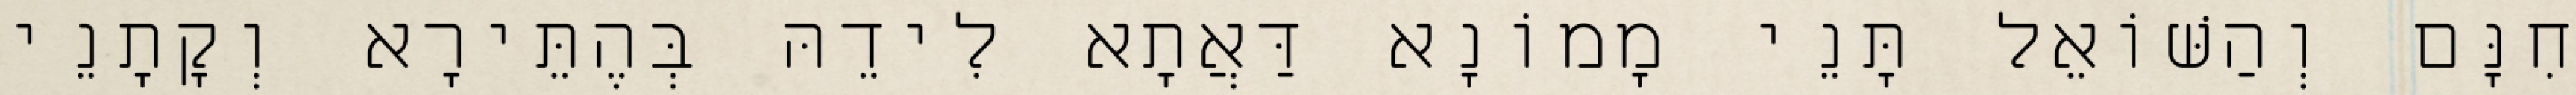
חִנָּם וְהַשּׁוֹאֵל תָּנֵי מָמוֹנָא דַּאֲתָא לִידֵהּ בְּהֶתֵּירָא וְקָתָנֵי